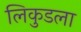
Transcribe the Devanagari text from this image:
लिकुडला